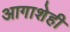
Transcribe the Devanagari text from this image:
आगाशेही